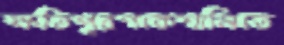
ক্ষতিপূরণকেশানিতে